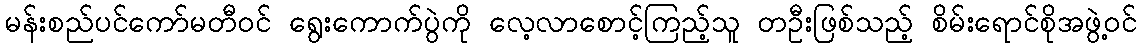
မန်းစည်ပင်ကော်မတီဝင် ရွေးကောက်ပွဲကို လေ့လာစောင့်ကြည့်သူ တဦးဖြစ်သည့် စိမ်းရောင်စိုအဖွဲ့ဝင်